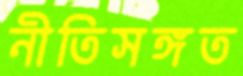
নীতিসঙ্গত